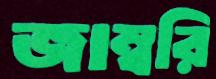
জাম্বরি